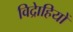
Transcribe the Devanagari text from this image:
विद्राेहियों